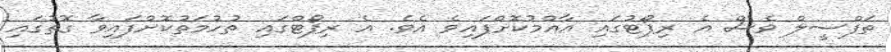
ތަފްސީލް ވެސް އެ ރިޕޯޓުގައި އާއްމުކޮށްފައިވެ އެވެ. އެ ރިޕޯޓްގައި ތުހުމަތުކޮށްފައިވާ ގޮތުގައި